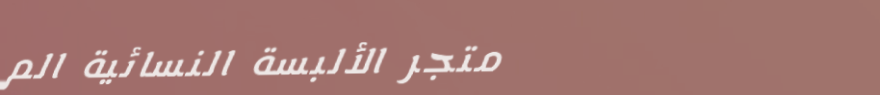
متجر الألبسة النسائية الم